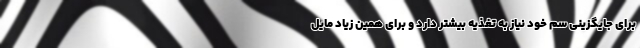
برای جایگزینی سم خود نیاز به تغذیه بیشتر دارد و برای همین زیاد مایل